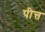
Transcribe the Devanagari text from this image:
पीत्त